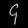
Digit: ၄